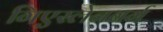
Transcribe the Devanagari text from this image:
गिएस्लेनबर्ग